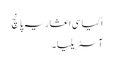
اکیاسی اعشاریہ پانچ
آسٹریلیا ۔